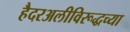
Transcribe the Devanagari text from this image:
हैदरअलीविरूद्धच्या